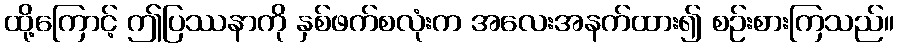
ထို့ကြောင့် ဤပြဿနာကို နှစ်ဖက်စလုံးက အလေးအနက်ထား၍ စဉ်းစားကြသည်။